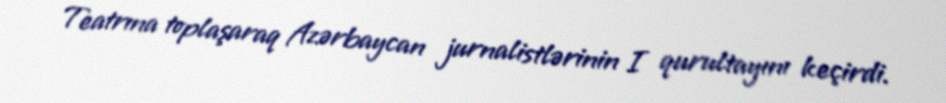
Teatrına toplaşaraq Azərbaycan jurnalistlərinin I qurultayını keçirdi.